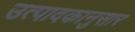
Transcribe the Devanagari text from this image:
उत्पादकानुसार